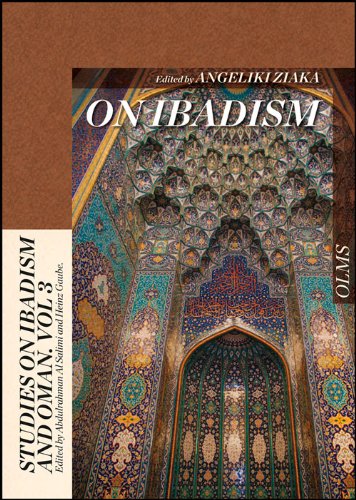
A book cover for On Ibadism (Studies on Ibadism and Oman); Angeliki Ziaka; History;